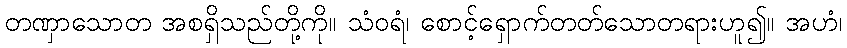
တဏှာသောတ အစရှိသည်တို့ကို။ သံဝရံ၊ စောင့်ရှောက်တတ်သောတရားဟူ၍။ အဟံ၊